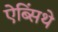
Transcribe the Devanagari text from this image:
ऐब्सिंथे